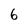
Character: 6